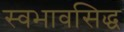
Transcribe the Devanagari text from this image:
स्वभावसिद्ध